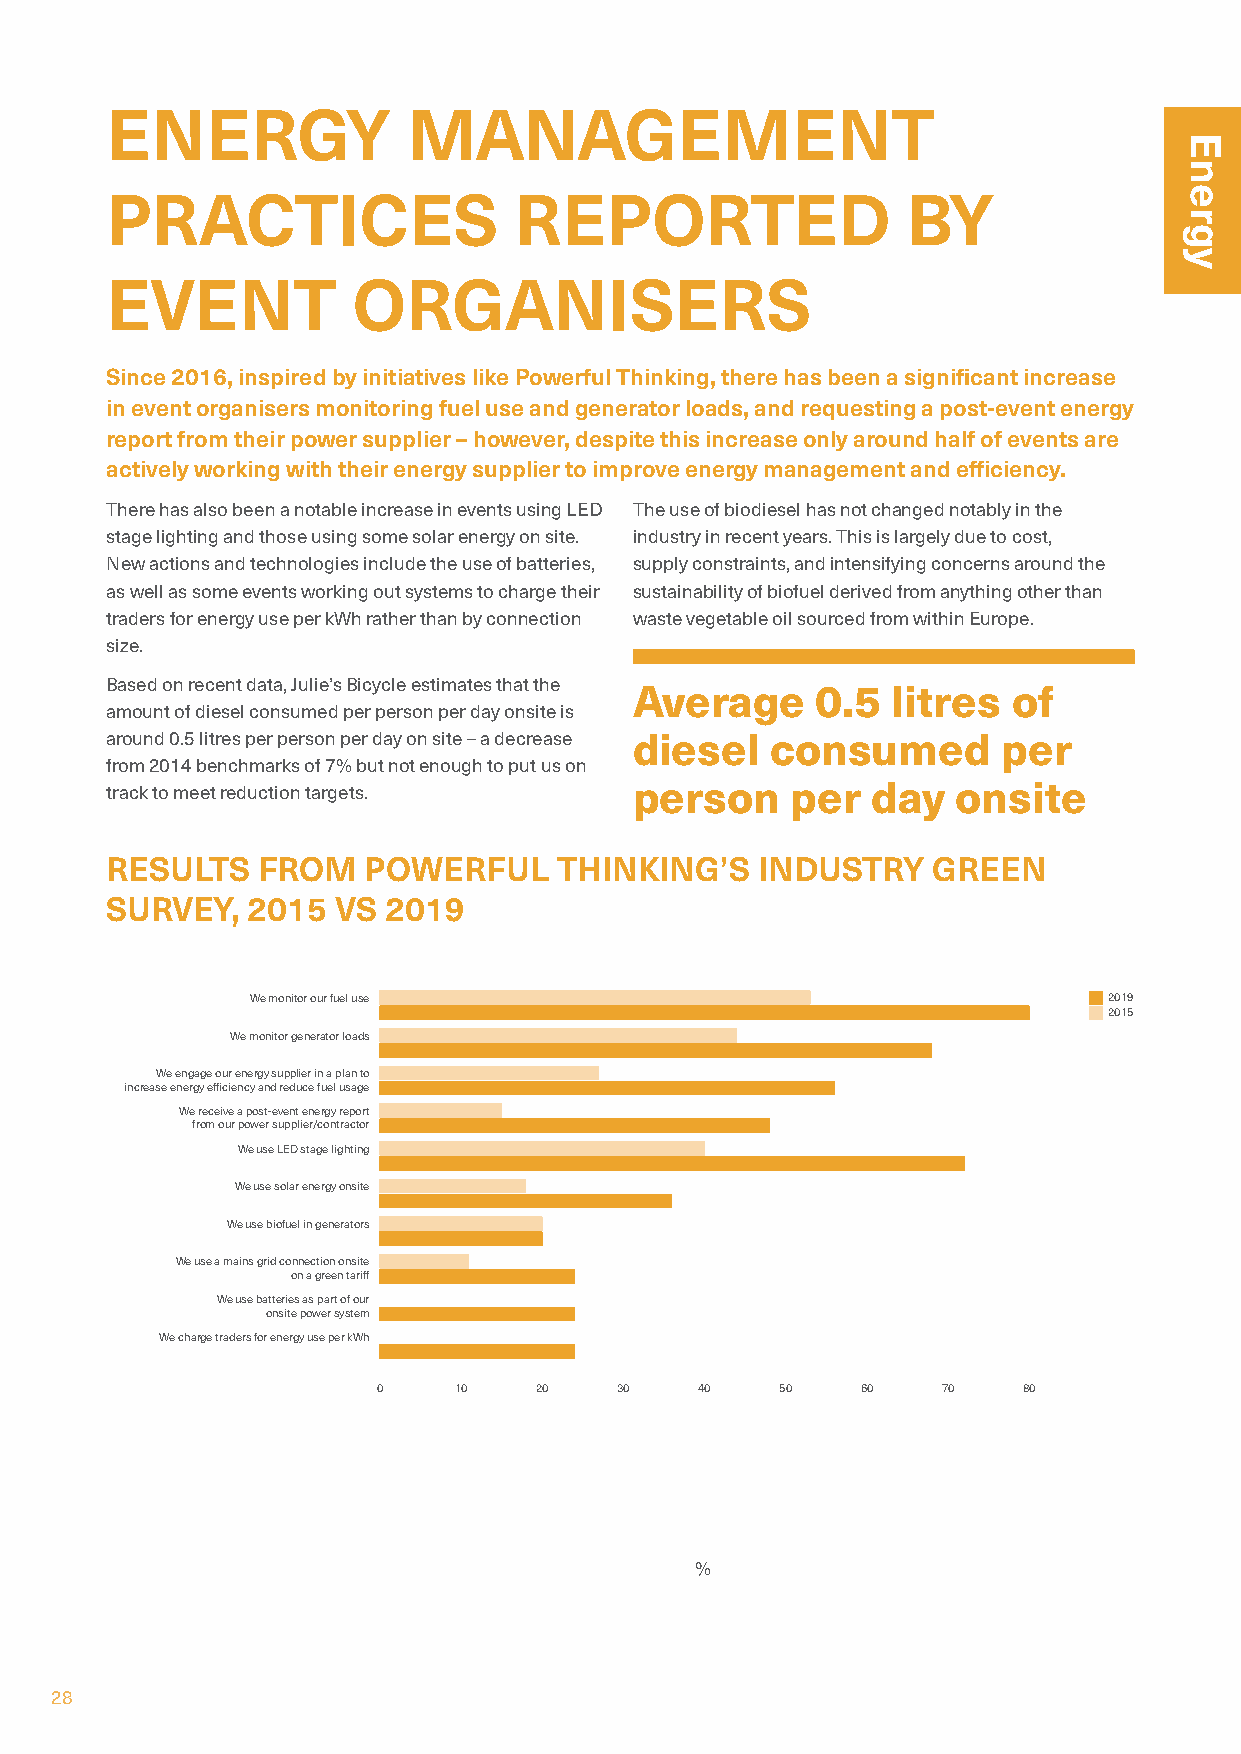
ENERGY              MANAGEMENT
 PRACTICES                  REPORTED                  BY
 EVENT           ORGANISERS
 Since 2016, inspired by initiatives like Powerful Thinking, there has been a significant increase
 in event organisers monitoring fuel use and generator loads, and requesting a post-event energy
 report from their power supplier – however, despite this increase only around half of events are
 actively working with their energy supplier to improve energy management and efficiency.
 There has also been a notable increase in events using LED The use of biodiesel has not changed notably in the
 stage lighting and those using some solar energy on site. industry in recent years. This is largely due to cost,
 New actions and technologies include the use of batteries, supply constraints, and intensifying concerns around the
 as well as some events working out systems to charge their sustainability of biofuel derived from anything other than
 traders for energy use per kWh rather than by connection waste vegetable oil sourced from within Europe.
 size.
 Based on recent data, Julie’s Bicycle estimates that the
 Average     0.5  litres  of
 amount of diesel consumed per person per day onsite is
 around 0.5 litres per person per day on site – a decrease diesel consumed per
 from 2014 benchmarks of 7% but not enough to put us on
 track to meet reduction targets.   person    per   day  onsite
 RESULTS   FROM   POWERFUL     THINKING’S   INDUSTRY    GREEN
 SURVEY,  2015  VS 2019
 We monitor our fuel use                                 2019
 2015
 We monitor generator loads
 We engage our energy supplier in a plan to
 increase energy efficiency and reduce fuel usage
 We receive a post-event energy report
 from our power supplier/contractor
 We use LED stage lighting
 We use solar energy onsite
 We use biofuel in generators
 We use a mains grid connection onsite
 on a green tariff
 We use batteries as part of our
 onsite power system
 We charge traders for energy use per kWh
 0    10   20    30   40    50   60   70    80
 %
 28
 Energy